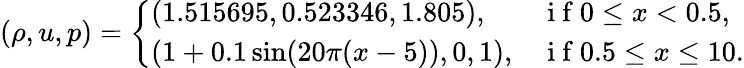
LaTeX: \left(\rho,u,p\right)=\left\{ \begin{array}{ll}{(1.515695,0.523346,1.805),}&{\mathrm{~i~f~}0\leq x<0.5,}\\ {(1+0.1\sin(20\pi(x-5)),0,1),}&{\mathrm{~i~f~}0.5\leq x\leq 10.}\end{array}\right.